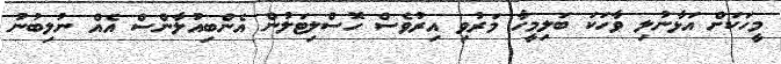
މީހަކަށް އަޅާނުލި ވާހަކަ ބަލިމީހާ މަރުވި އިރުވެސް ހޮސްލިޓަލުން އެންބިއުލާންސް އެއް ނުލިބުނު